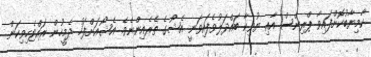
ކާމިޔާބުކޮށްފައިވާ ޕްރިންސް އާއި ޔުވިކާ ބައްދަލުވެފައިވަނީ އެޝޯގެ ތެރެއިންނެވެ. އެޝޯއަށްފަހު ދެމީހުން ރައްޓެހިވިކަން